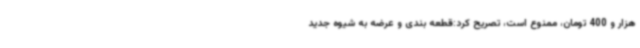
هزار و 400 تومان، ممنوع است، تصریح کرد:قطعه بندی و عرضه به شیوه جدید